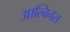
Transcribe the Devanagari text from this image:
आल्बिनस